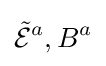
{\tilde {\mathcal {E}}}^{a},B^{a}